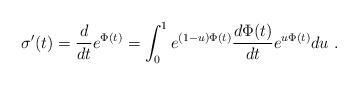
LaTeX: \begin{align*}\sigma'(t)={d\over dt}e^{\Phi(t)}=\int_0^1 e^{(1-u)\Phi(t)} {d \Phi(t)\over dt} e^{u\Phi(t)} du \ .\end{align*}